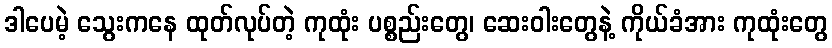
ဒါပေမဲ့ သွေးကနေ ထုတ်လုပ်တဲ့ ကုထုံး ပစ္စည်းတွေ၊ ဆေးဝါးတွေနဲ့ ကိုယ်ခံအား ကုထုံးတွေ